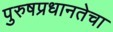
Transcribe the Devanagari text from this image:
पुरुषप्रधानतेचा